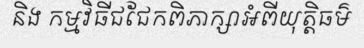
និង កម្មវិធីជជែកពិភាក្សាអំពីយុត្តិធម៌